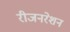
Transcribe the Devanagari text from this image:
रीजनरेशन